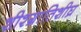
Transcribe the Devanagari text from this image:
शीश्ग्रातिशीघ्र